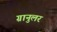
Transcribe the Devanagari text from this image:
ग्रानुलर